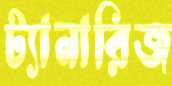
ট্যানারিজ